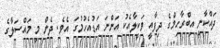
ދައްކާނީ އިބްރާހިމްގެ ދިފާއީ ވަކީލާއެކު އަންނަ އަޑުއެހުމުގަ އެވެ. ދެން މި މައްސަލާގެ